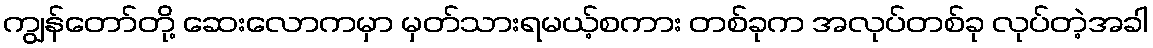
ကျွန်တော်တို့ ဆေးလောကမှာ မှတ်သားရမယ့်စကား တစ်ခုက အလုပ်တစ်ခု လုပ်တဲ့အခါ